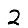
Digit: 2